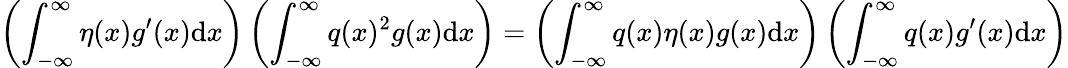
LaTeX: \left(\int_{-\infty}^{\infty}\eta(x)g^{\prime}(x)\mathrm{d}x\right)\left(\int_{-\infty}^{\infty}q(x)^{2}g(x)\mathrm{d}x\right)=\left(\int_{-\infty}^{\infty}q(x)\eta(x)g(x)\mathrm{d}x\right)\left(\int_{-\infty}^{\infty}q(x)g^{\prime}(x)\mathrm{d}x\right)